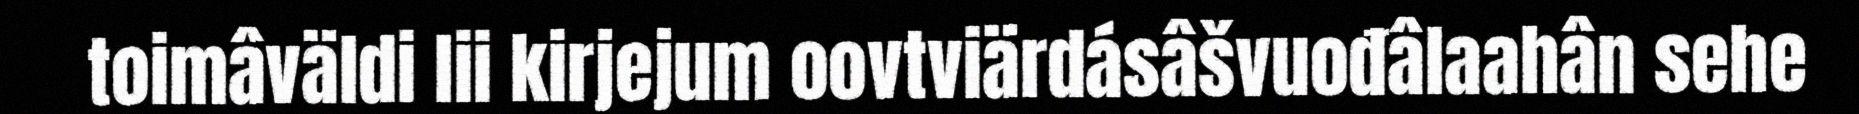
toimâväldi lii kirjejum oovtviärdásâšvuođâlaahân sehe